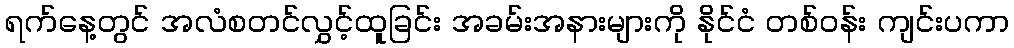
ရက်နေ့တွင် အလံစတင်လွှင့်ထူခြင်း အခမ်းအနားများကို နိုင်ငံ တစ်ဝန်း ကျင်းပကာ